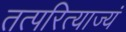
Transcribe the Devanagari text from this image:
तत्परित्याज्यं